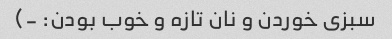
سبزی خوردن و نان تازه و خوب بودن: -)